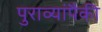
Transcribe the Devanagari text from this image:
पुराव्यांपैकी